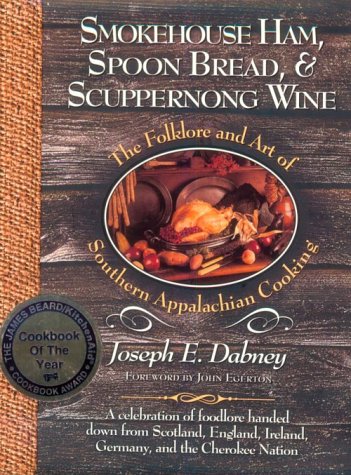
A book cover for Smokehouse Ham, Spoon Bread, & Scuppernong Wine: The Folklore and Art of Southern Appalachian Cooking; Joseph Dabney; Cookbooks, Food & Wine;